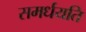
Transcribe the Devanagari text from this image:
समर्धयति